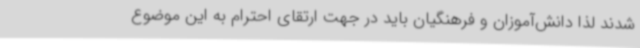
شدند لذا دانش‌آموزان و فرهنگیان باید در جهت ارتقای احترام به این موضوع